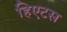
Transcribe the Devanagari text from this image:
हिएटस